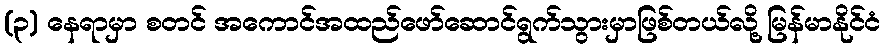
(၃) နေရာမှာ စတင် အကောင်အထည်ဖော်ဆောင်ရွက်သွားမှာဖြစ်တယ်လို့ မြန်မာနိုင်ငံ